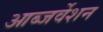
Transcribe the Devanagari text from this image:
आब्जर्वेशन